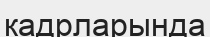
кадрларында